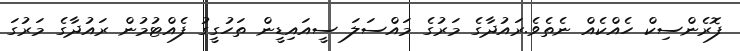
ފޮރެންސިކް ހެއްކެއް ނެތެވެ.ރައުދާގެ މަރުގެ މައްސަލަ ސީއައިޑީން ތަހުގީގު ފެއްޓުމުން ރައުދާގެ މަރުގަ